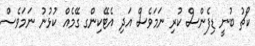
ކޯޗު ބުނީ ޑިފެންސް ކުރި ނަމަވެސް އަދި އެޓޭކިންގ ގޭމެއް ކުޅުނު ނަމަވެސް